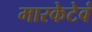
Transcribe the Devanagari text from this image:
मारकेटेवं